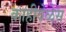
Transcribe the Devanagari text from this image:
काहीवेळेस